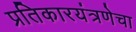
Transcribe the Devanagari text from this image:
प्रतिकारयंत्रणेचा